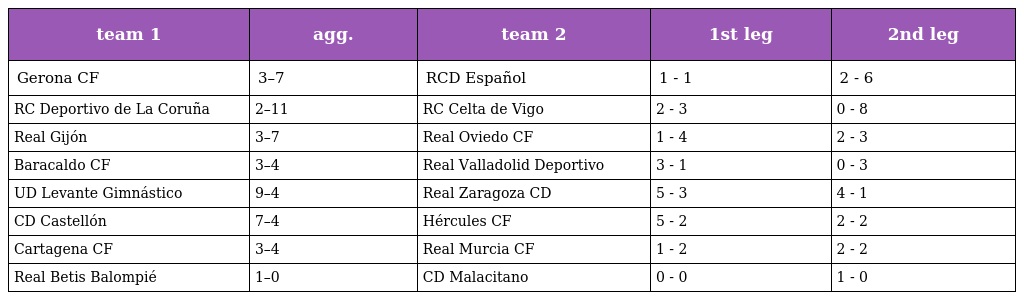
| team 1 | agg. | team 2 | 1st leg | 2nd leg |
 | --- | --- | --- | --- | --- |
 | Gerona CF | 3–7 | RCD Español | 1 - 1 | 2 - 6 |
 | RC Deportivo de La Coruña | 2–11 | RC Celta de Vigo | 2 - 3 | 0 - 8 |
 | Real Gijón | 3–7 | Real Oviedo CF | 1 - 4 | 2 - 3 |
 | Baracaldo CF | 3–4 | Real Valladolid Deportivo | 3 - 1 | 0 - 3 |
 | UD Levante Gimnástico | 9–4 | Real Zaragoza CD | 5 - 3 | 4 - 1 |
 | CD Castellón | 7–4 | Hércules CF | 5 - 2 | 2 - 2 |
 | Cartagena CF | 3–4 | Real Murcia CF | 1 - 2 | 2 - 2 |
 | Real Betis Balompié | 1–0 | CD Malacitano | 0 - 0 | 1 - 0 |